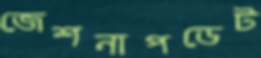
জেশনাপডেট